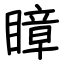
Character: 瞕